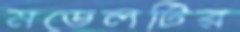
মডেলটির